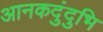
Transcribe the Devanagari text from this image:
आनकदुंदुभि